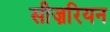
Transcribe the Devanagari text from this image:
सीज़रियन